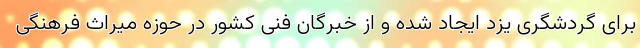
برای گردشگری یزد ایجاد شده و از خبرگان فنی کشور در حوزه میراث فرهنگی